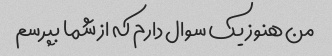
من هنوز یک سوال دارم که از شما بپرسم